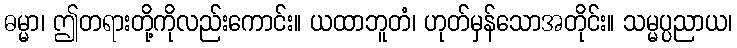
ဓမ္မာ၊ ဤတရားတို့ကိုလည်းကောင်း။ ယထာဘူတံ၊ ဟုတ်မှန်သောအတိုင်း။ သမ္မပ္ပညာယ၊